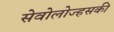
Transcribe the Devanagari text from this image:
सेवोलोज्हसकी